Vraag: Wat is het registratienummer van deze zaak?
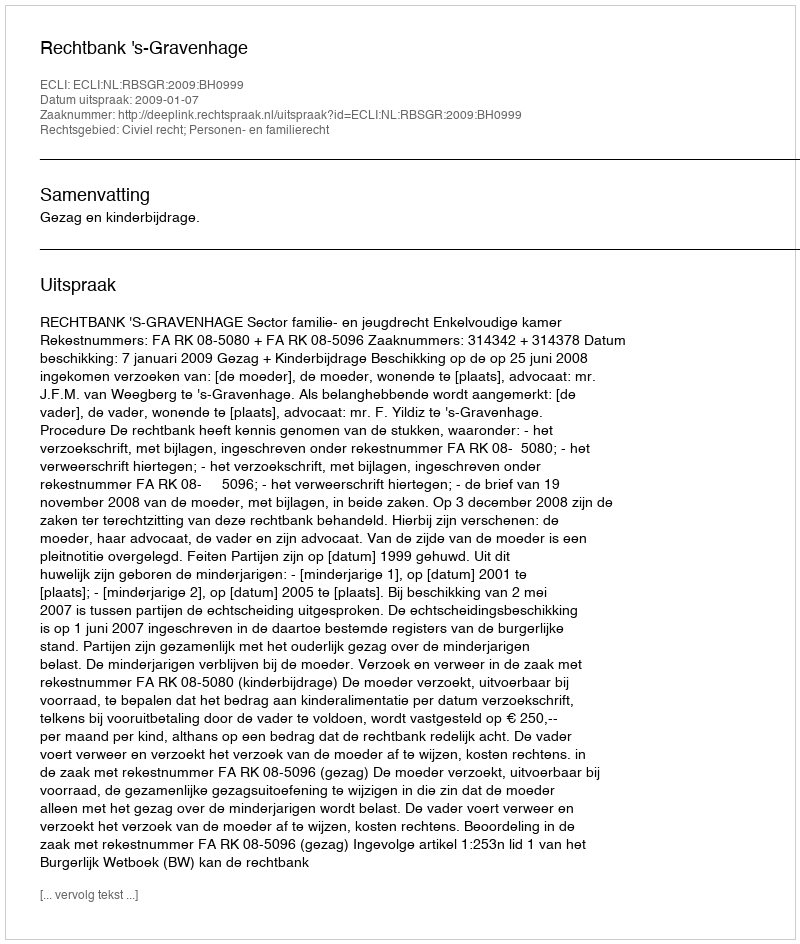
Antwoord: http://deeplink.rechtspraak.nl/uitspraak?id=ECLI:NL:RBSGR:2009:BH0999